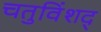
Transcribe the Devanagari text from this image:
चतुविंशद्